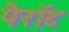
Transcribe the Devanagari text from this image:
पैरॉट